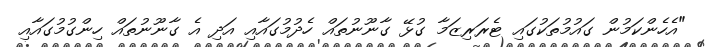
"އެހެންކަމުން ގައުމުތަކުގައި ޓެރަރިޒަމާ ގުޅޭ ގާނޫނުތައް ހެދުމުގައާއި އަދި އެ ގާނޫނުތައް ހިންގުމުގައާއި